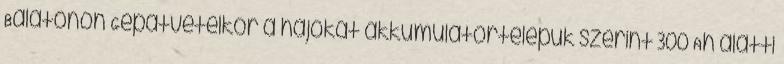
Balatonon Gépátvételkor a hajókat akkumulátortelepük szerint 300 Ah alatti